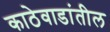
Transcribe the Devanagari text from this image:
काठेवाडांतील